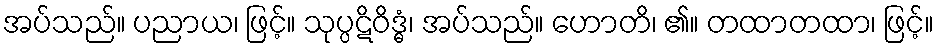
အပ်သည်။ ပညာယ၊ ဖြင့်။ သုပ္ပဋိဝိဒ္ဓံ၊ အပ်သည်။ ဟောတိ၊ ၏။ တထာတထာ၊ ဖြင့်။